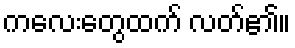
ကလေးတွေထက် လတ်၏။